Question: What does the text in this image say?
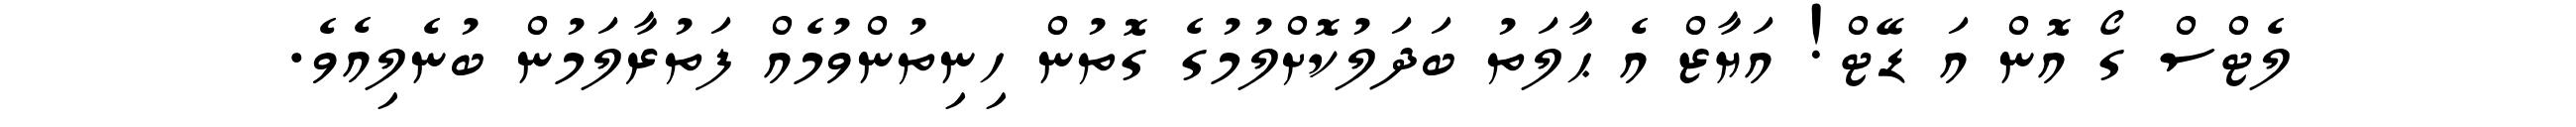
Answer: ލެޓްސް ގޯ އޮން އަ ޑޭޓް! އަޔާޒް އެ ޙާލަތު ބަދަލުކޮށްލުމުގެ ގޮތުން ހިނިތުންވުމެއް ފަތުރާލަމުން ބުނެލިއެވެ.